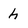
Character: h